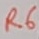
Text: R6